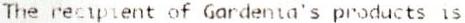
THE RECIPIENT OF GARDENIA'S PRODUCTS IS